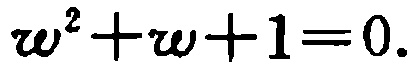
\(w^{2}+w + 1=0.\)